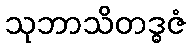
သုဘာသိတဒ္ဓဇံ